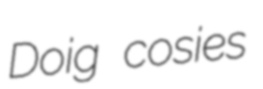
Doig cosies